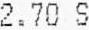
2.70 S